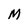
Character: M